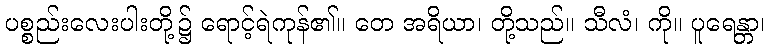
ပစ္စည်းလေးပါးတို့၌ ရောင့်ရဲကုန်၏။ တေ အရိယာ၊ တို့သည်။ သီလံ၊ ကို။ ပူရေန္တာ၊